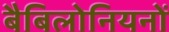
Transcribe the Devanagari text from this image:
बैबिलोनियनों